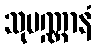
သုပဏ္ဏာနံ